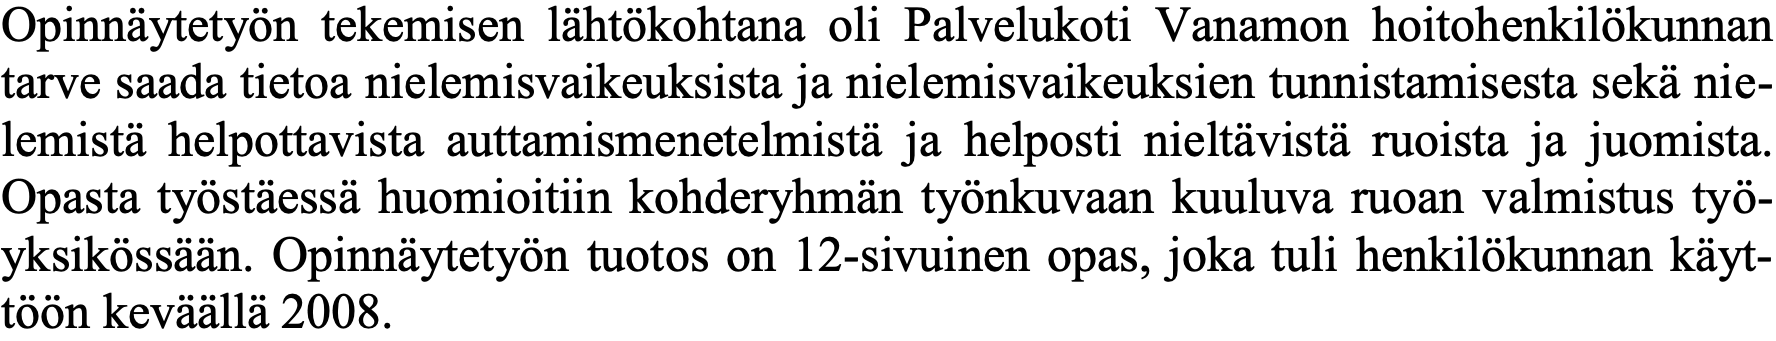
Opinnäytetyön tekemisen lähtökohtana oli Palvelukoti Vanamon hoitohenkilökunnan tarve saada tietoa nielemisvaikeuksista ja nielemisvaikeuksien tunnistamisesta sekä nie- lemistä helpottavista auttamismenetelmistä ja helposti nieltävistä ruoista ja juomista. Opasta työstäessä huomioitiin kohderyhmän työnkuvaan kuuluva ruoan valmistus työ- yksikössään. Opinnäytetyön tuotos on 12-sivuinen opas, joka tuli henkilökunnan käyt- töön keväällä 2008.